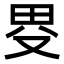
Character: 𤰯